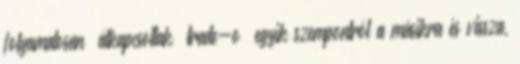
folyamatosan „átkapcsoltak” trade-oﬀ egyik szempontról a másikra és vissza,